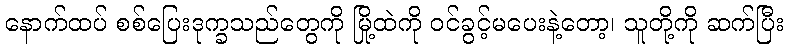
နောက်ထပ် စစ်ပြေးဒုက္ခသည်တွေကို မြို့ထဲကို ဝင်ခွင့်မပေးနဲ့တော့၊ သူတို့ကို ဆက်ပြီး